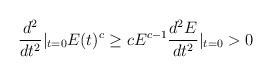
LaTeX: \begin{align*}\frac{d^2}{dt^2}|_{t=0}E(t)^c\geq cE^{c-1}\frac{d^2E}{dt^2}|_{t=0}>0\end{align*}